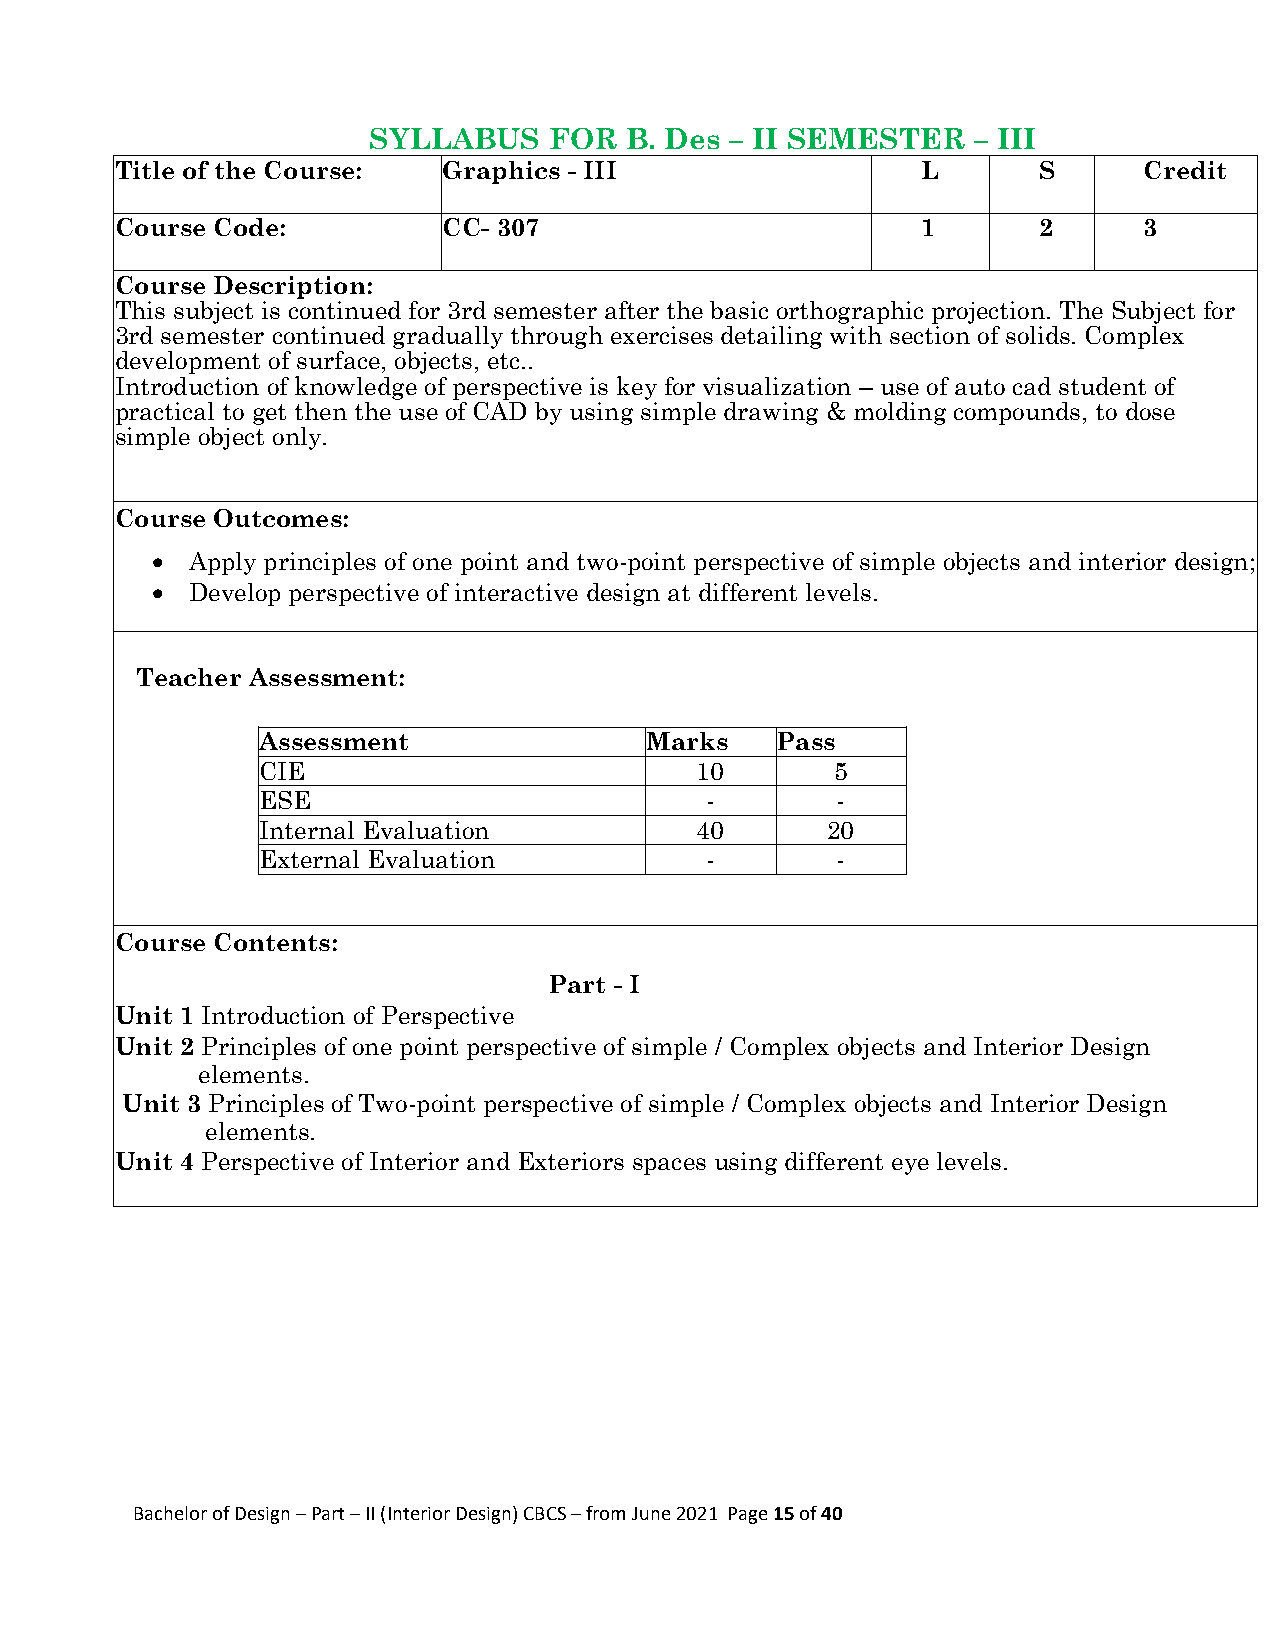
SYLLABUS    FOR  B. Des – II SEMESTER    – III
 Title of the Course: Graphics - III                  L       S      Credit
 Course Code:         CC- 307                         1       2      3
 Course Description:
 This subject is continued for 3rd semester after the basic orthographic projection. The Subject for
 3rd semester continued gradually through exercises detailing with section of solids. Complex
 development of surface, objects, etc..
 Introduction of knowledge of perspective is key for visualization – use of auto cad student of
 practical to get then the use of CAD by using simple drawing & molding compounds, to dose
 simple object only.
 Course Outcomes:
  Apply principles of one point and two-point perspective of simple objects and interior design;
  Develop perspective of interactive design at different levels.
 Teacher Assessment:
 Assessment                Marks   Pass
 CIE                          10       5
 ESE                           -       -
 Internal Evaluation          40       20
 External Evaluation           -       -
 Course Contents:
 Part - I
 Unit 1 Introduction of Perspective
 Unit 2 Principles of one point perspective of simple / Complex objects and Interior Design
 elements.
 Unit 3 Principles of Two-point perspective of simple / Complex objects and Interior Design
 elements.
 Unit 4 Perspective of Interior and Exteriors spaces using different eye levels.
 Bachelor of Design – Part – II (Interior Design) CBCS – from June 2021 Page 15 of 40